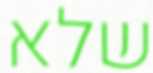
שלא